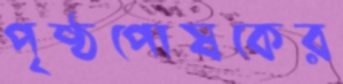
পৃষ্ঠপোষকের